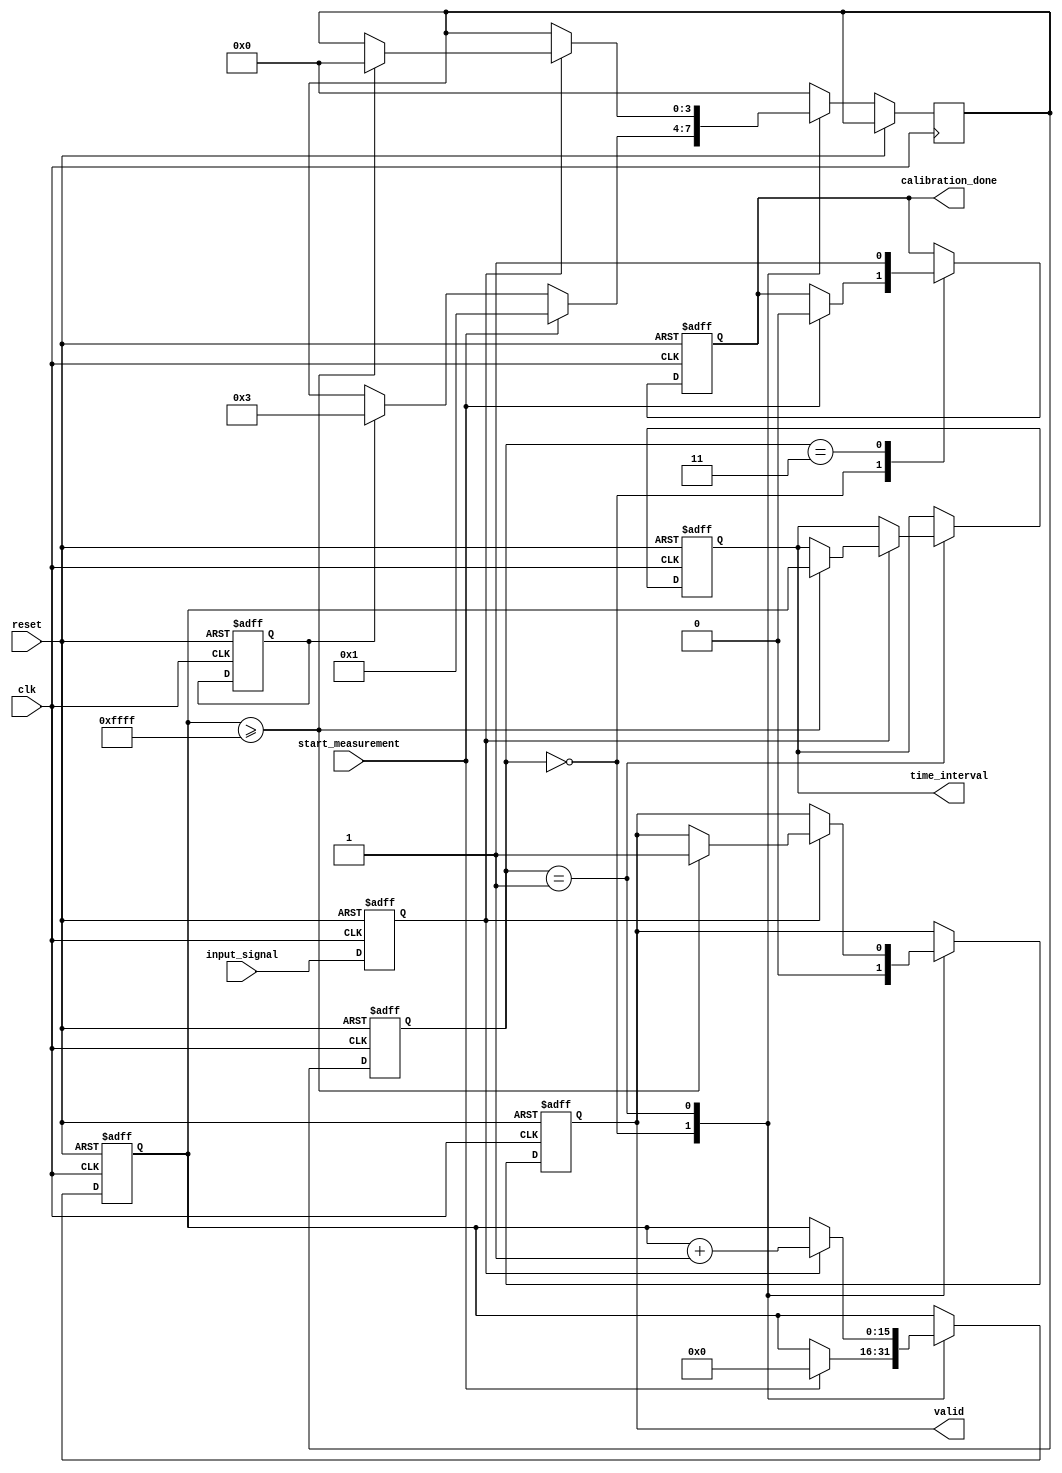
module in_situ_calibration_tdc (
    input wire clk,                // High-frequency clock input
    input wire reset,              // Reset signal
    input wire start_measurement,  // Start measurement signal
    input wire input_signal,        // Input signal to measure time interval
    output reg [15:0] time_interval, // Measured time interval output
    output reg valid,              // Valid data output signal
    output reg calibration_done     // Calibration completion signal
);

    // Parameters
    parameter DELAY_LINE_LENGTH = 16; // Number of delay elements
    parameter MAX_COUNT = 65535;       // Maximum count value for the counter

    // Internal signals
    reg [15:0] counter;                // Coarse time measurement counter
    reg [DELAY_LINE_LENGTH-1:0] delay_line; // Delay line for fine measurement
    reg [15:0] calibration_coeff;      // Calibration coefficients
    reg calibration_mode;              // Calibration mode flag
    reg [3:0] state;                   // FSM state
    reg [3:0] next_state;              // Next state for FSM
    reg input_signal_sync;             // Synchronized input signal
    reg measurement_active;            // Measurement active flag

    // Synchronizer for input signal
    always @(posedge clk or posedge reset) begin
        if (reset) begin
            input_signal_sync <= 0;
        end else begin
            input_signal_sync <= input_signal;
        end
    end

    // Finite State Machine (FSM) for control logic
    always @(posedge clk or posedge reset) begin
        if (reset) begin
            state <= 0;
            counter <= 0;
            time_interval <= 0;
            valid <= 0;
            calibration_done <= 0;
            measurement_active <= 0;
            calibration_mode <= 0;
        end else begin
            state <= next_state;
            case (state)
                0: begin // Idle state
                    valid <= 0;
                    if (start_measurement) begin
                        measurement_active <= 1;
                        counter <= 0;
                        calibration_done <= 0;
                        next_state <= 1; // Move to measurement state
                    end else if (calibration_mode) begin
                        next_state <= 3; // Move to calibration state
                    end
                end
                1: begin // Measurement state
                    if (input_signal_sync) begin
                        // Start counting on rising edge of input signal
                        counter <= counter + 1;
                        if (counter >= MAX_COUNT) begin
                            time_interval <= counter; // Capture time interval
                            valid <= 1;
                            measurement_active <= 0;
                            next_state <= 0; // Return to idle state
                        end
                    end
                end
                3: begin // Calibration state
                    // Calibration logic to adjust delay elements
                    // This is a placeholder for actual calibration logic
                    calibration_coeff <= 16'hAAAA; // Example calibration coefficient
                    calibration_done <= 1;
                    next_state <= 0; // Return to idle state
                end
                default: next_state <= 0; // Default to idle
            endcase
        end
    end

    // Delay line for resolution enhancement (not fully implemented)
    // This section can be expanded based on specific delay line implementation
    always @(posedge clk) begin
        if (measurement_active) begin
            // Implement delay line logic here
            // For example, shift delay line and capture additional timing information
        end
    end

endmodule